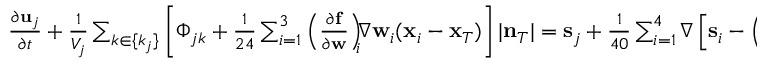
\begin{array} { r } { \frac { \partial { \bf u } _ { j } } { \partial t } + \frac { 1 } { V _ { j } } \sum _ { k \in \{ k _ { j } \} } \left[ \Phi _ { j k } + \frac { 1 } { 2 4 } \sum _ { i = 1 } ^ { 3 } \left( \frac { \partial { \bf f } } { \partial { \bf w } } \right) _ { \! \! i } \! \! \nabla { \bf w } _ { i } ( { \bf x } _ { i } - { \bf x } _ { T } ) \right] | { \bf n } _ { T } | = { \bf s } _ { j } + \frac { 1 } { 4 0 } \sum _ { i = 1 } ^ { 4 } \nabla \left[ { \bf s } _ { i } - \left( \frac { \partial { \bf u } _ { i } } { \partial t } \right) \right] ( { \bf x } _ { i } - { \bf x } _ { j } ) . } \end{array}